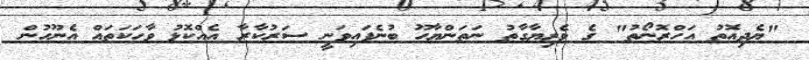
"ޔެދިއޮތު އަހްރޮނޯތު" ގެ ވެރިޔާގާތު ނަތަންޔާހޫ ބުނެފައިވަނީ ސަރުކާރާ އެއްކޮޅު ވާހަކަތައް އެނޫހުން